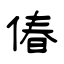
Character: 偆